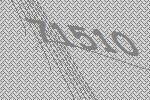
71510